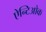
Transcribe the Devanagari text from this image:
ऐन्टिओक